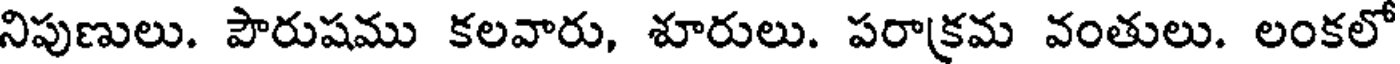
నిపుణులు. పౌరుషము కలవారు, శూరులు. పరాక్రమ వంతులు. లంకలో